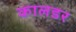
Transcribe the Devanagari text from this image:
कालडर